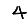
Digit: 4